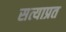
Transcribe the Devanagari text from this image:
सत्याप्रत